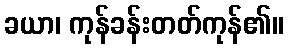
ခယာ၊ ကုန်ခန်းတတ်ကုန်၏။